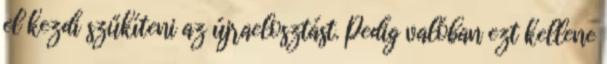
el kezdi szűkíteni az újraelosztást. Pedig valóban ezt kellene